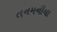
તનમનીયા